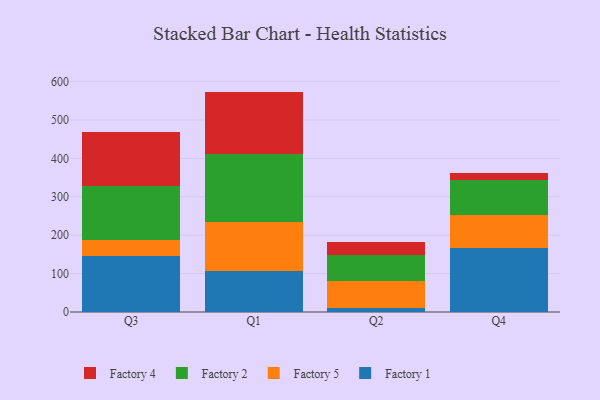
{"axis": {"x": "Quarter", "y": "LTV (USD)"}, "legend": ["Factory 1", "Factory 2", "Factory 4", "Factory 5"], "data": [{"x": "Q3", "y": 144.9, "type": "Factory 1"}, {"x": "Q3", "y": 41.7, "type": "Factory 5"}, {"x": "Q3", "y": 141.8, "type": "Factory 2"}, {"x": "Q3", "y": 141.3, "type": "Factory 4"}, {"x": "Q1", "y": 108.0, "type": "Factory 1"}, {"x": "Q1", "y": 125.3, "type": "Factory 5"}, {"x": "Q1", "y": 178.3, "type": "Factory 2"}, {"x": "Q1", "y": 162.2, "type": "Factory 4"}, {"x": "Q2", "y": 10.3, "type": "Factory 1"}, {"x": "Q2", "y": 70.4, "type": "Factory 5"}, {"x": "Q2", "y": 67.5, "type": "Factory 2"}, {"x": "Q2", "y": 35.3, "type": "Factory 4"}, {"x": "Q4", "y": 166.9, "type": "Factory 1"}, {"x": "Q4", "y": 85.1, "type": "Factory 5"}, {"x": "Q4", "y": 90.4, "type": "Factory 2"}, {"x": "Q4", "y": 20.2, "type": "Factory 4"}]}